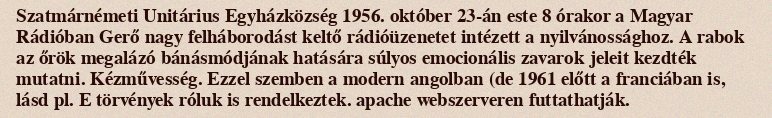
Szatmárnémeti Unitárius Egyházközség 1956. október 23-án este 8 órakor a Magyar Rádióban Gerő nagy felháborodást keltő rádióüzenetet intézett a nyilvánossághoz. A rabok az őrök megalázó bánásmódjának hatására súlyos emocionális zavarok jeleit kezdték mutatni. Kézművesség. Ezzel szemben a modern angolban (de 1961 előtt a franciában is, lásd pl. E törvények róluk is rendelkeztek. apache webszerveren futtathatják.